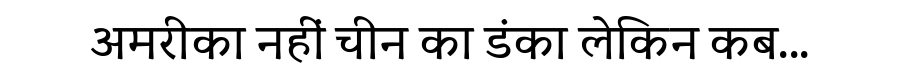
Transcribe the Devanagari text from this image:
अमरीका नहीं चीन का डंका लेकिन कब...